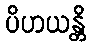
ပိဟယန္တိ